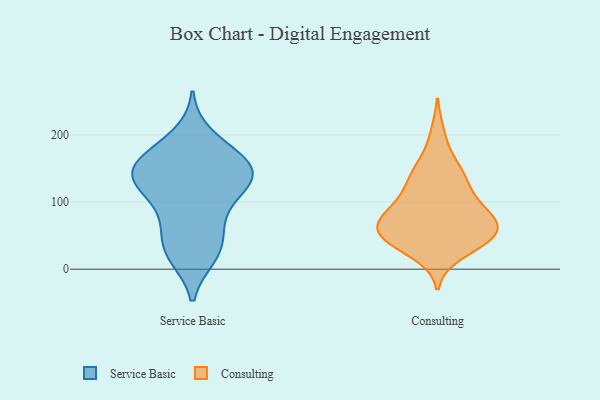
{"axis": {"x": "Latency (ms)", "y": "Value"}, "legend": ["Consulting", "Service Basic"], "data": [{"x": "", "y": 77, "type": "Service Basic"}, {"x": "", "y": 57, "type": "Service Basic"}, {"x": "", "y": 199, "type": "Service Basic"}, {"x": "", "y": 153, "type": "Service Basic"}, {"x": "", "y": 119, "type": "Service Basic"}, {"x": "", "y": 141, "type": "Service Basic"}, {"x": "", "y": 104, "type": "Service Basic"}, {"x": "", "y": 115, "type": "Service Basic"}, {"x": "", "y": 131, "type": "Service Basic"}, {"x": "", "y": 180, "type": "Service Basic"}, {"x": "", "y": 145, "type": "Service Basic"}, {"x": "", "y": 22, "type": "Service Basic"}, {"x": "", "y": 164, "type": "Service Basic"}, {"x": "", "y": 139, "type": "Service Basic"}, {"x": "", "y": 19, "type": "Service Basic"}, {"x": "", "y": 162, "type": "Service Basic"}, {"x": "", "y": 53, "type": "Service Basic"}, {"x": "", "y": 148, "type": "Service Basic"}, {"x": "", "y": 23, "type": "Service Basic"}, {"x": "", "y": 67, "type": "Consulting"}, {"x": "", "y": 134, "type": "Consulting"}, {"x": "", "y": 100, "type": "Consulting"}, {"x": "", "y": 93, "type": "Consulting"}, {"x": "", "y": 110, "type": "Consulting"}, {"x": "", "y": 200, "type": "Consulting"}, {"x": "", "y": 151, "type": "Consulting"}, {"x": "", "y": 48, "type": "Consulting"}, {"x": "", "y": 56, "type": "Consulting"}, {"x": "", "y": 55, "type": "Consulting"}, {"x": "", "y": 74, "type": "Consulting"}, {"x": "", "y": 129, "type": "Consulting"}, {"x": "", "y": 74, "type": "Consulting"}, {"x": "", "y": 40, "type": "Consulting"}, {"x": "", "y": 152, "type": "Consulting"}, {"x": "", "y": 24, "type": "Consulting"}, {"x": "", "y": 75, "type": "Consulting"}, {"x": "", "y": 65, "type": "Consulting"}, {"x": "", "y": 41, "type": "Consulting"}, {"x": "", "y": 43, "type": "Consulting"}]}